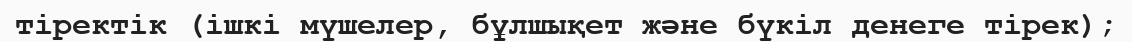
тіректік (ішкі мүшелер, бұлшықет және бүкіл денеге тірек);